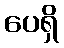
ပေရှိ